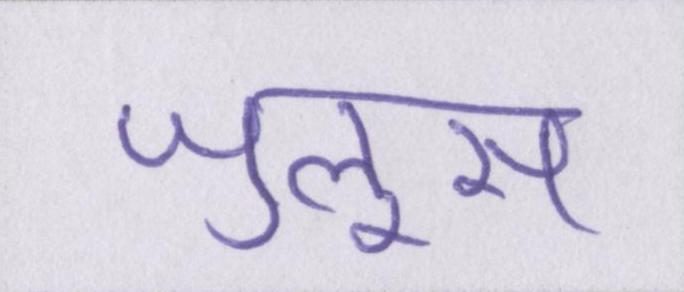
जुलूस